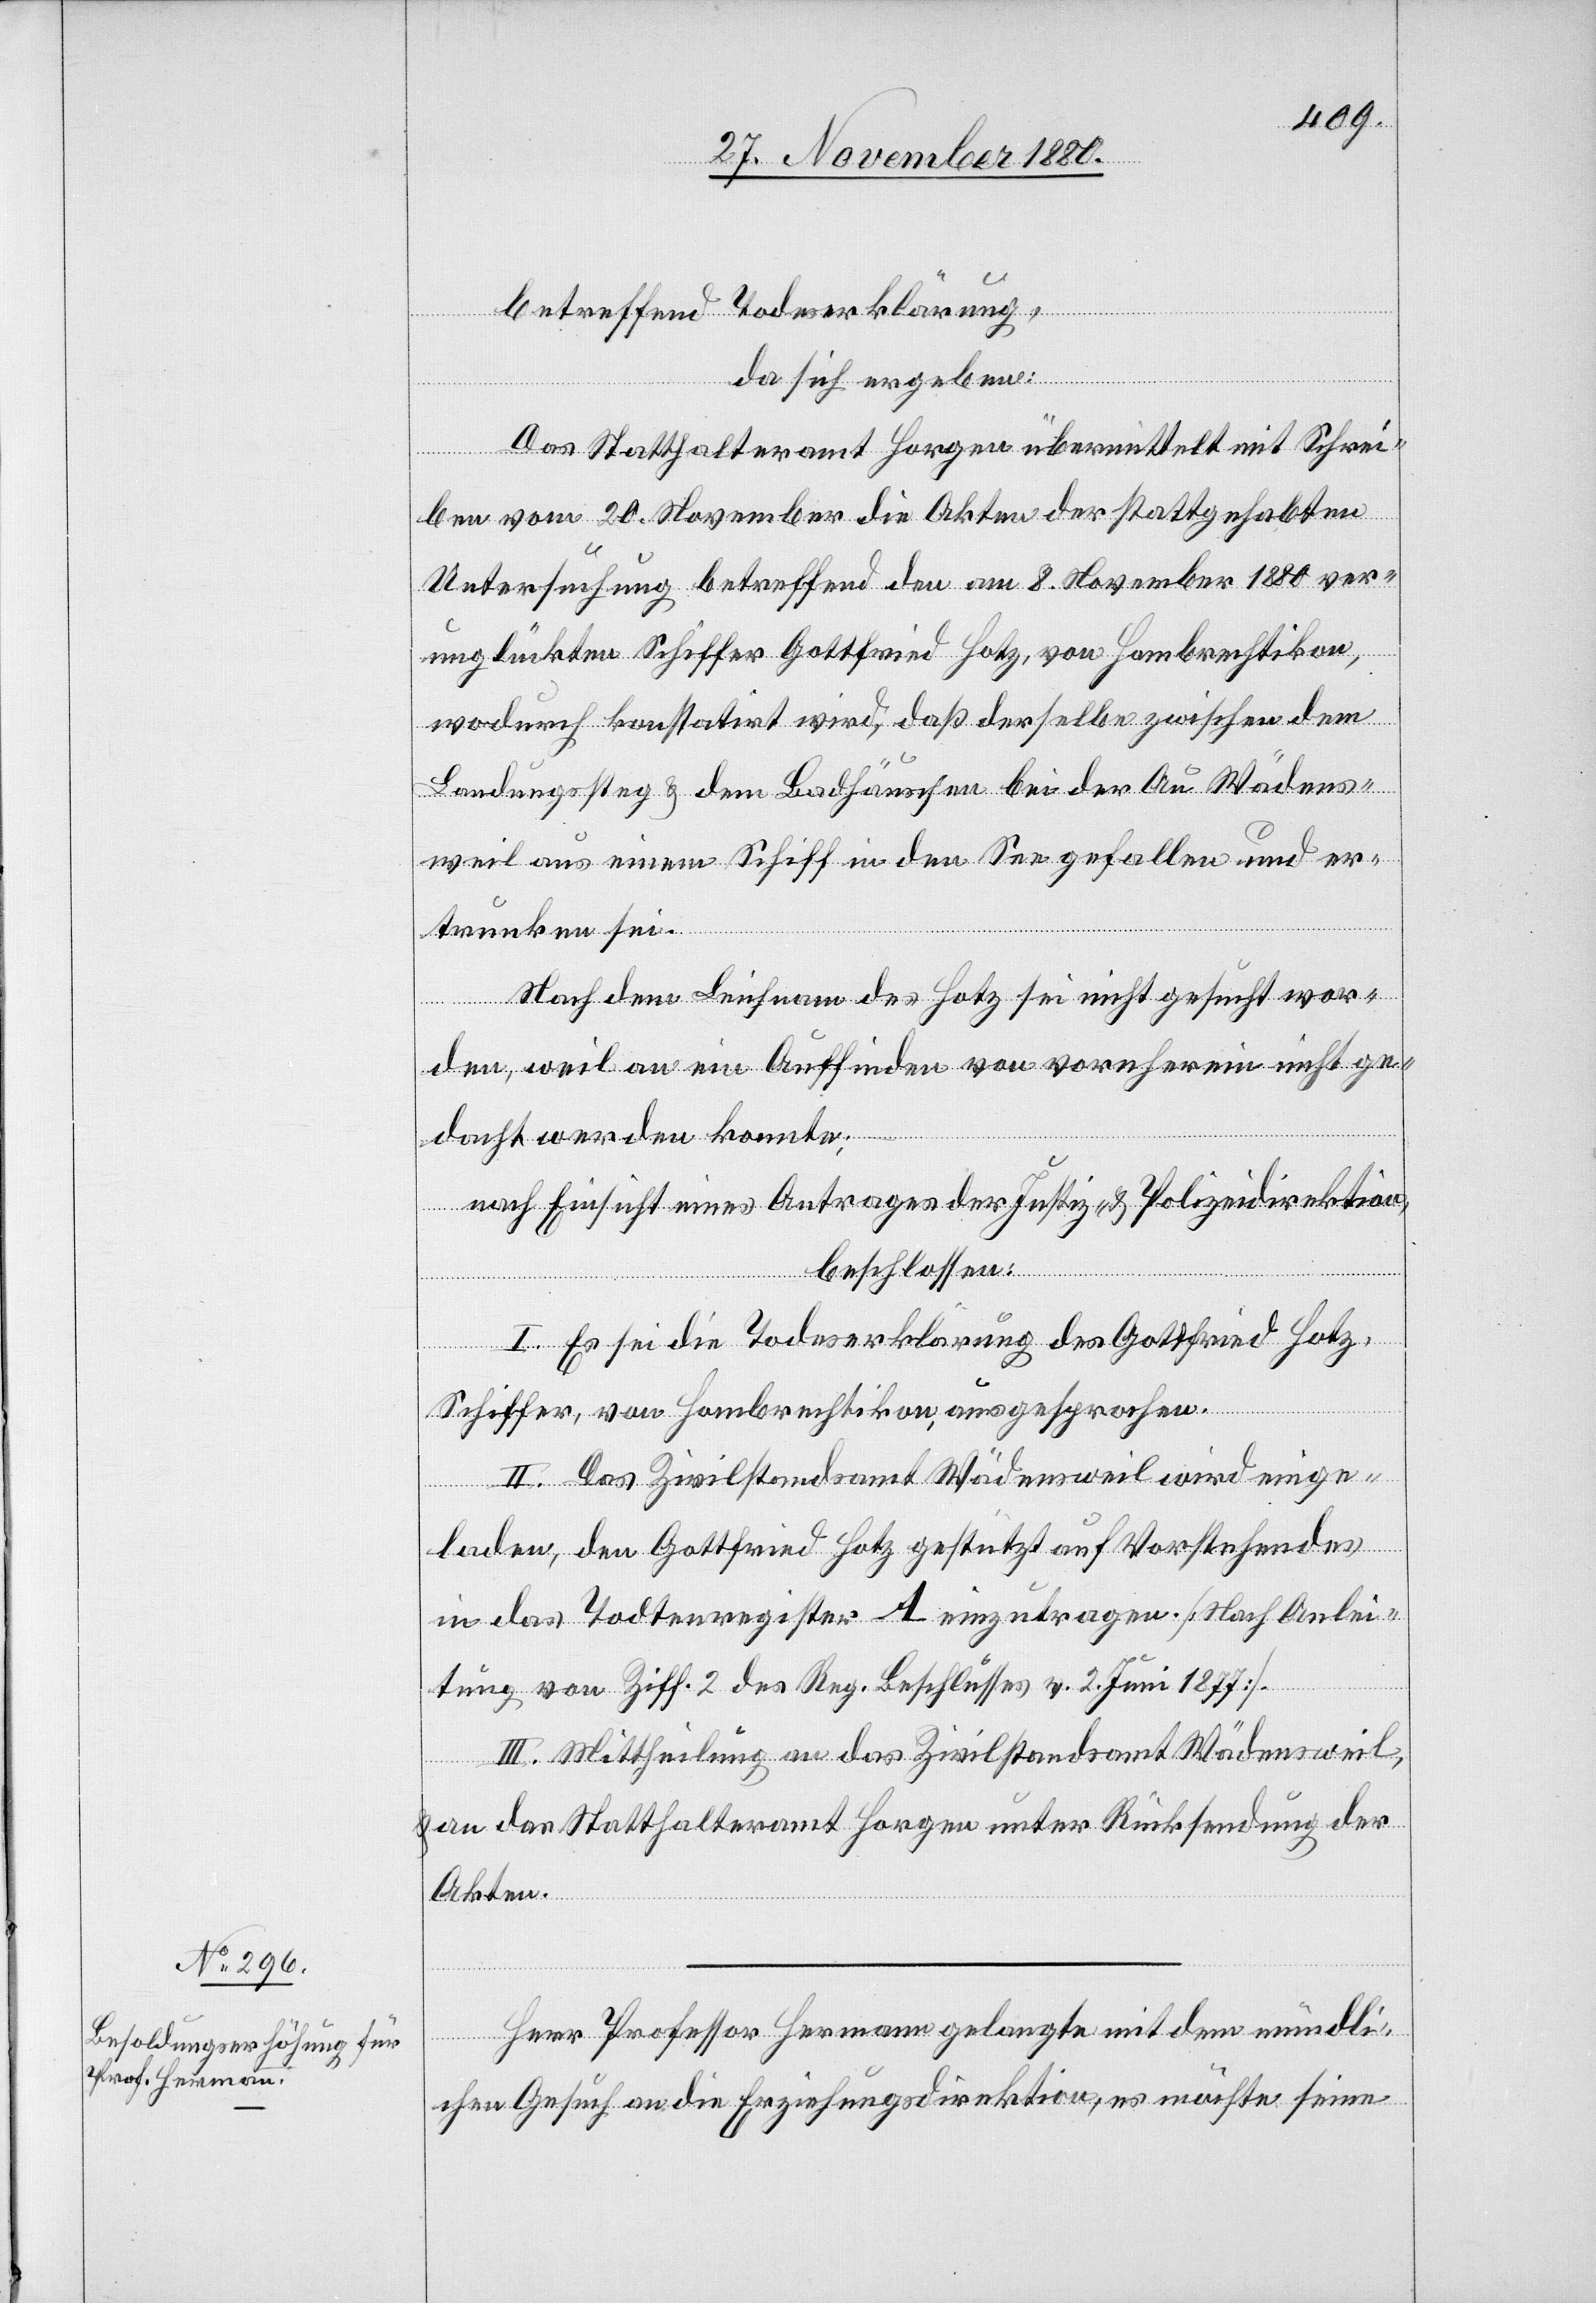
betreffend Todeserklärung,
da sich ergeben:
Das Statthalteramt Horgen übermittelt mit Schrei¬
ben vom 20. November die Akten der stattgehabten
Untersuchung betreffend den am 8. November 1880 ver¬
unglückten Schiffer Gottfried Hotz, von Hombrechtikon,
wodurch konstatirt wird, daß derselbe zwischen dem
Landungssteg & dem Badhäuschen bei der Au Wädens¬
weil aus einem Schiff in den See gefallen und er¬
trunken sei.
Nach dem Leichnam des Hotz sei nicht gesucht wor¬
den, weil an ein Auffinden von vorneherein nicht ge¬
dacht werden konnte;
nach Einsicht eines Antrages der Justiz- & Polizeidirektion,
beschlossen:
I. Es sei die Todeserklärung des Gottfried Hotz,
Schiffer, von Hombrechtikon, ausgesprochen.
II. Das Zivilstandsamt Wädensweil wird einge¬
laden, den Gottfried Hotz gestützt auf Vorstehendes
in das Todtenregister A einzutragen. [Nach Anlei¬
tung von Ziff. 2 des Reg. Beschlusses v. 2. Juni 1877].
III. Mittheilung an das Zivilstandsamt Wädensweil,
& an das Statthalteramt Horgen unter Rücksendung der
Akten.
Herr Professor Hermann gelangte mit dem mündli¬
chen Gesuch an die Erziehungsdirektion, es möchte seine